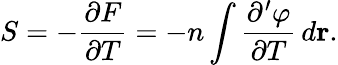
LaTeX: \begin{array}{l}{\displaystyle{S=-\frac{\partial F}{\partial T}=-n\int\frac{\partial^{\prime}\varphi}{\partial T}\, d{\mathbf r}.}}\end{array}